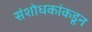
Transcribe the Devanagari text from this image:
संशोधकांकडून